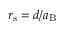
r _ { \mathrm { s } } = d / a _ { \mathrm { B } }